system: You are a helpful assistant.
user:
Analyze the provided spectrum to determine if it is a **"Cataclysmic Variables (CV)"**.

- **Key Indicators for CV (Check for either state):**
    - **State 1: Quiescent / Low-State (Emission-Dominated)**
        - **(Primary):** Strong and *very broad* Hydrogen Balmer emission lines (e.g., $H\alpha$ at 6563 Å, $H\beta$ at 4861 Å). The 'broadness' (high velocity dispersion, often FWHM > 1000 km/s) is the key diagnostic, indicating a high-velocity accretion disk.
        - **(Secondary):** Broad neutral Helium (He I) emission lines (e.g., 5876 Å, 6678 Å).
        - **(Key Confirmation):** Presence of high-excitation *ionized* Helium (He II) emission at 4686 Å. This is a strong indicator of accretion onto a white dwarf.
        - **(Line Profile):** Emission lines may exhibit a 'double-peaked' profile, which is a classic signature of a rotating accretion disk viewed at high inclination.

    - **State 2: Outburst / High-State (Absorption-Dominated)**
        - **(Primary):** Spectrum is dominated by a bright, blue continuum (looks like a hot star).
        - **(Secondary):** The emission lines from State 1 are weak, absent, or 'filled in', and are replaced by broad, shallow *absorption* lines (primarily Balmer and He I).
        - **(Morphology):** The overall spectrum mimics a hot B/A-type star. The crucial difference is that the absorption lines are significantly broader, shallower, and more 'washed-out' (or 'smeared') than the sharp lines of a normal stellar photosphere, due to high rotational speeds and pressure broadening in the disk.

Think first, call **spectral_visualization_tool** if needed to examine features in detail, then provide your final answer. Your response must adhere to the following strict rules:
1.  **Overall Structure:** Your response must follow the format `<think>...</think> <tool_call>...</tool_call> (if a tool is used) <answer>...</answer>`.
2.  **Tool Usage Constraint:** You may only make **one** tool call per turn.
3.  **Final Answer Format:** In the `<answer>` tag, your conclusion must be inside a `\boxed{}` command (e.g., `\boxed{YES}`), followed by your justification.

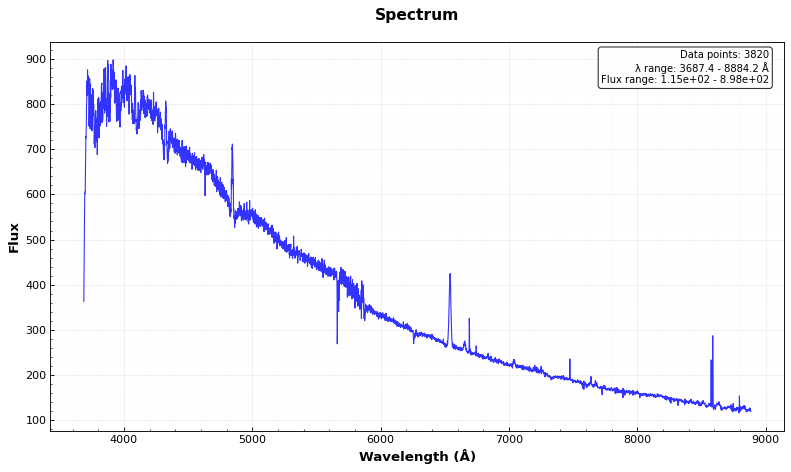
Answer: YES